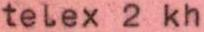
telex 2 kh